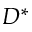
D ^ { * }